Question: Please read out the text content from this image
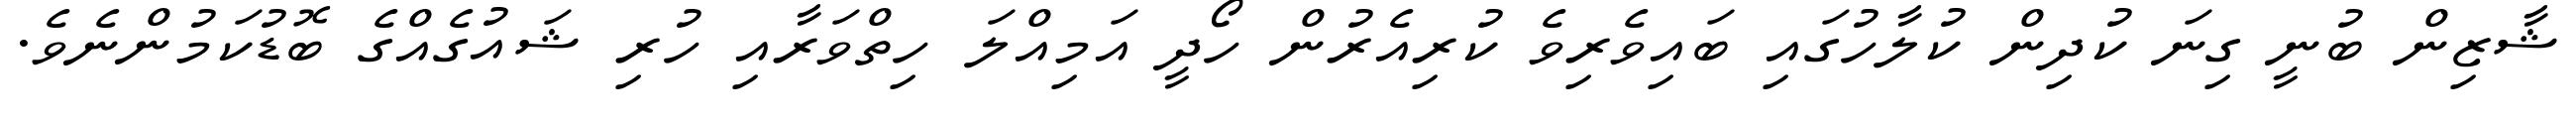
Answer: ޝާޒިން ބުނީ ގިނަ ކުދިން ކުލާހުގައި ބައިވެރިވެ ކުރިއެރުން ހޯދީ އަމިއްލަ ހިތްވަރާއި ހުރި ޝައުގެއްގެ ބޮޑުކަމުންނެވެ.